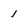
Character: 1